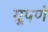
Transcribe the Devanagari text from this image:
ग्रूपणे